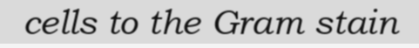
cells to the Gram stain